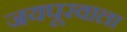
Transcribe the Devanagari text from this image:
जयपूरवाला